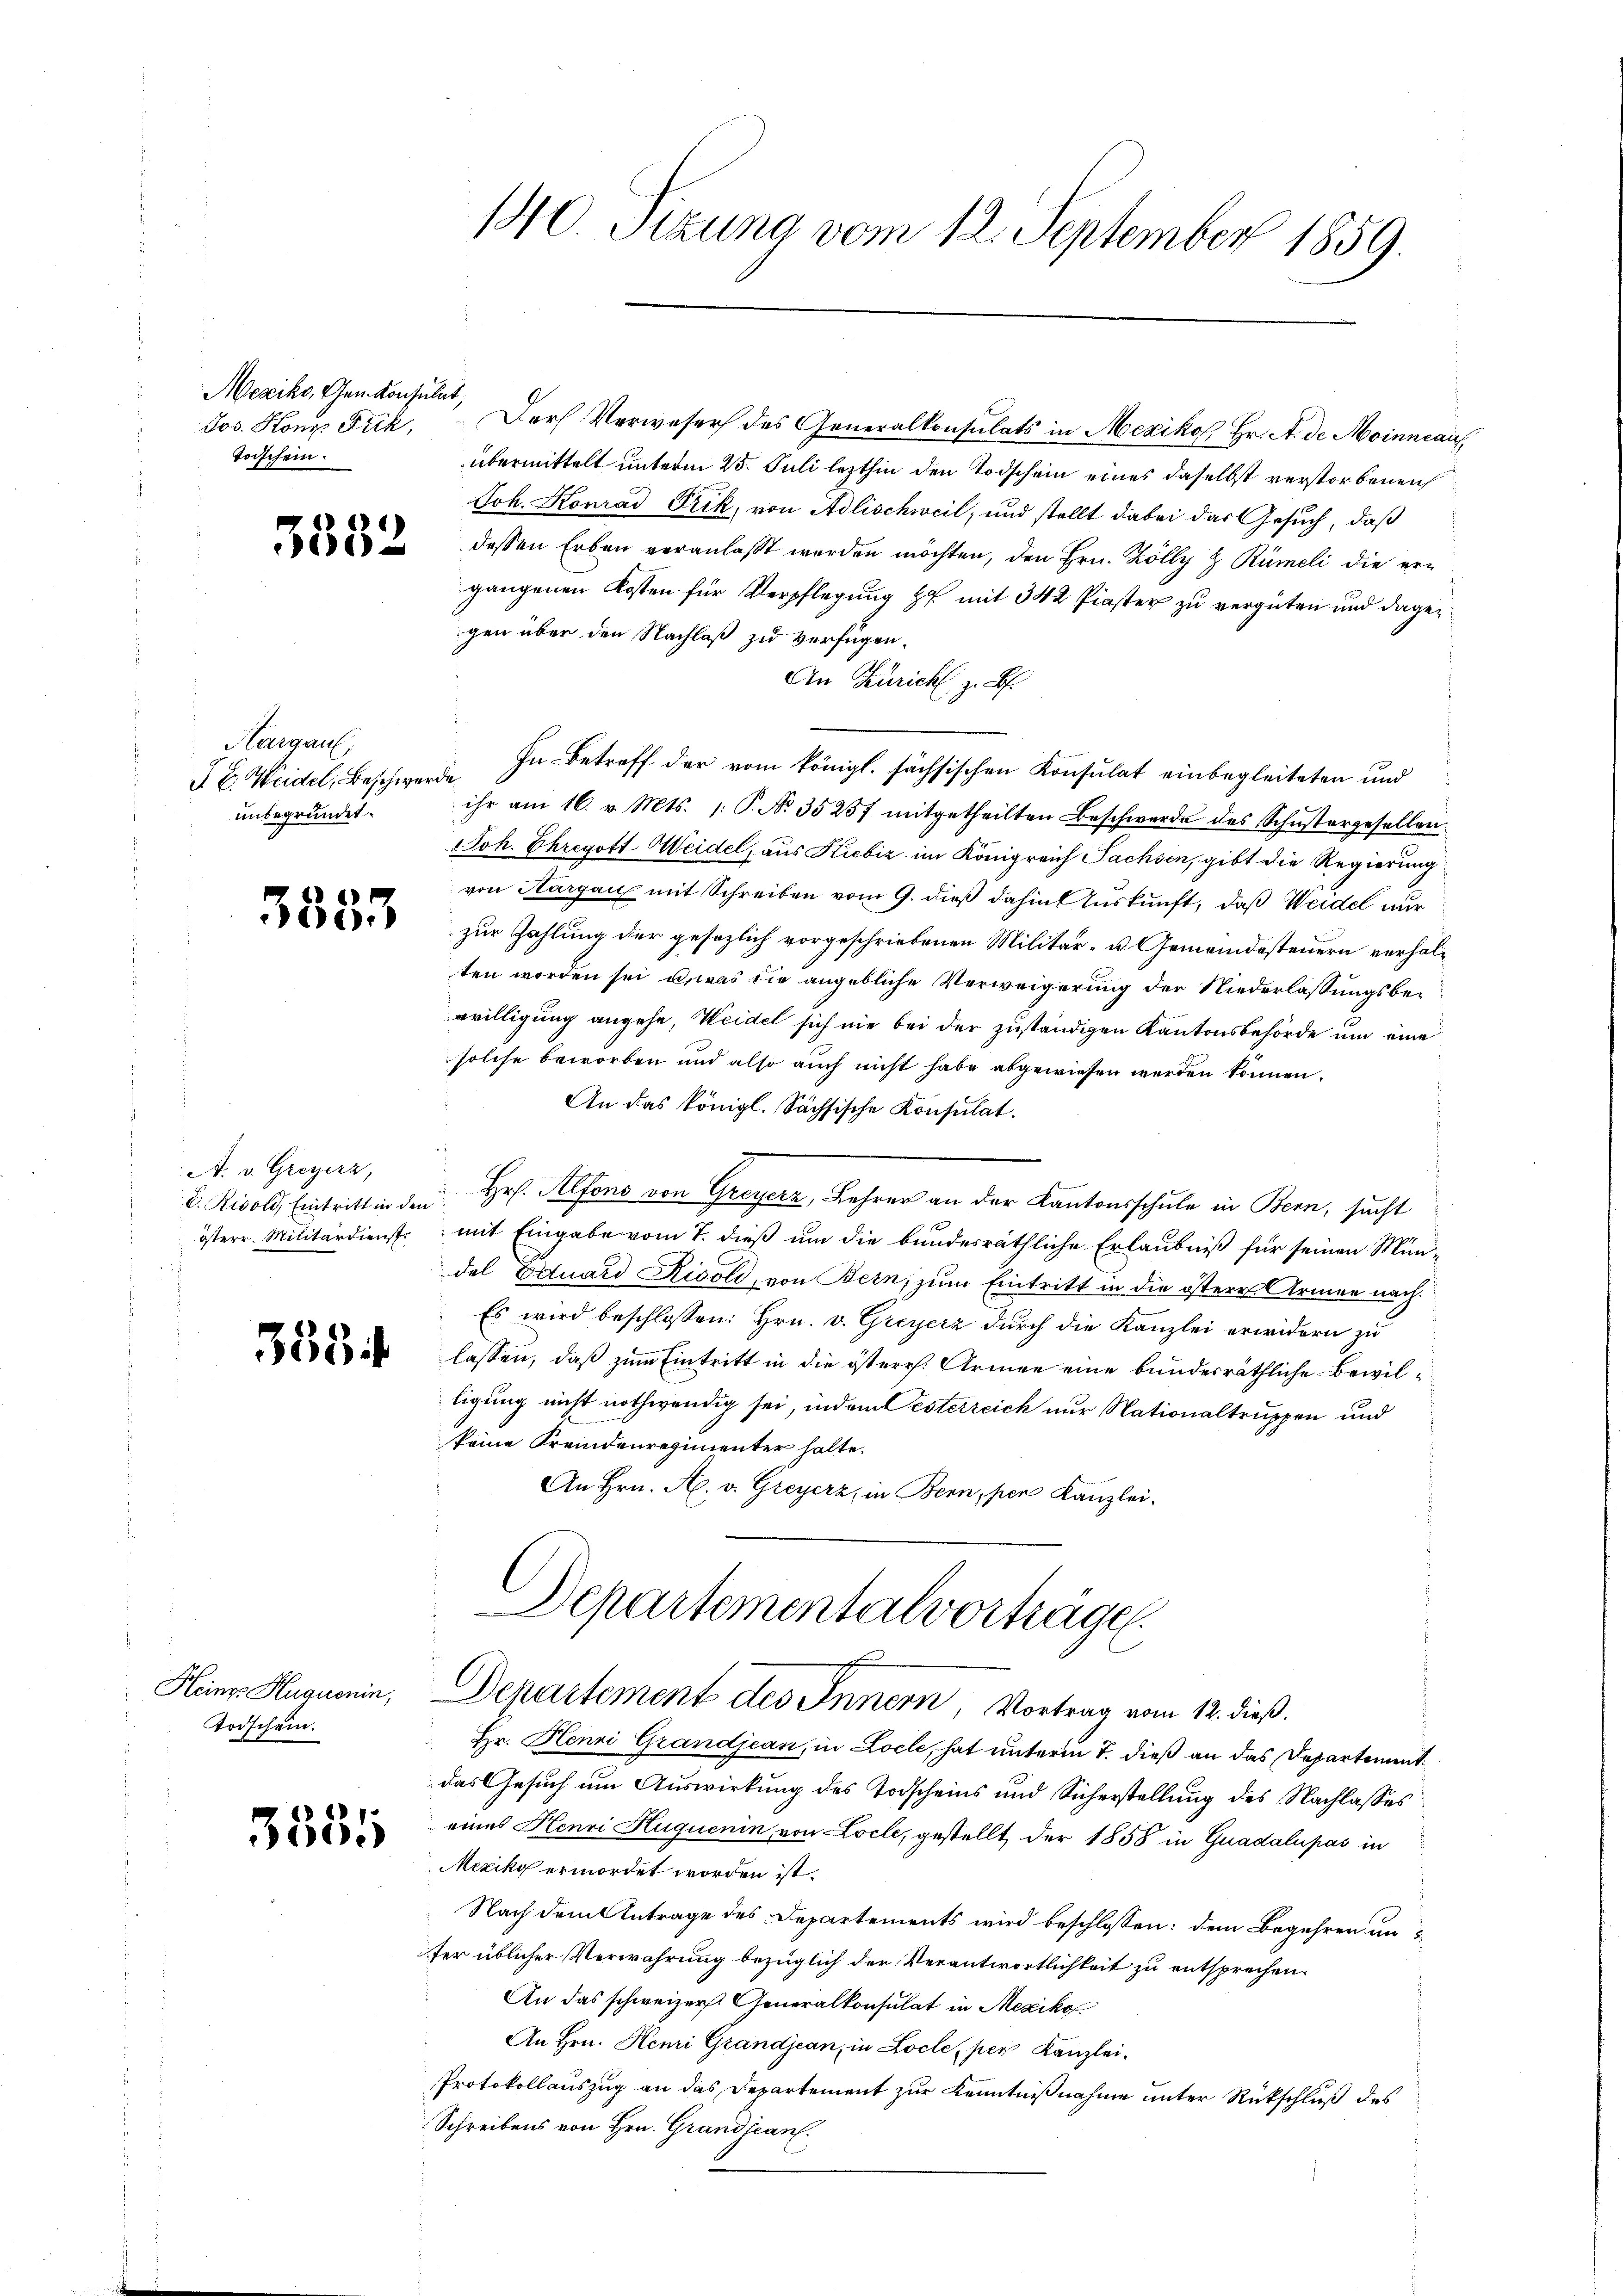
Mexiko, Gem. Konsulat,
Jos. Konz Frik,
Toischein.

3332

Hargau,
J. C. Weidel, Beschwerde
unbegründet.

3553

s
A. v. Greyerz,
E. Rivold, Eintritt in den
österr. Militärdienst
s

355

Todschein.

3535

140 Sizung vom 12. September 1859.

Heinr. Huguenin, Departement des Innern, Vortrag vom 12. dieß.

Der Verweser des Generalkonsulats in Mexiko Hr. A. de Moinncauf
übermittelt unterm 25. Juli lezthin den Todschein eines daselbst verstorbenen
Joh. Konrad Frik, von Adlischweil, und stellt dabei das Gesuch, daß
dessen Erben veranlaßt werden möchten, den Hrn. Zölly z Rümeli die ergangenen Kosten für Verpflegung zu mit 342 Piaster zu vergüten und dagegen über den Nachlaß zu verfügen.
An Zürich z. B.
In Betreff der vom königl. sächsischen Konsulat einbegleiteten und
ihr am 16. v. Mts. /: P. No. 35257 mitgetheilten Beschwerde des Schŭstergesellen.
JJoh. Chregott Weidel, aus Kiebiz im Königreich Sachsen, gibt die Regierung
von Aargau mit Schreiben vom 9. dieß dahin Auskunft, daß Weidel nur
zur Zahlung der gesezlich vorgeschriebenen Militär- u. Gemeindesteuern verhälten worden sei, u. was die angebliche Verweigerung der Niederlassungsbewilligung angehe, Weidel sich nie bei der zuständigen Kantonsbehörde um eine
solche beworben und also auch nicht habe abgewiesen werden können.
An das königl. Sächsische Konsulat.
 Hr. Alfons von Greyerz, Lehrer an der Kantonsschule in Bern, sucht
mit Eingabe vom 7. dieß um die bundesräthliche Erlaubniß für seinen Mündel Eduard Rivoli, von Bern, zum Eintritt in die östere Armen nach
Es wird beschlossen: Hrn. v. Greyerz durch die Kanzlei erwidern zu
lassen, daß zum Eintritt in die österr. Armee eine bundesräthliche Bewilligung nicht nothwendig sei, indem Österreich nur Nationaltruppen und
keine Fremdenregimenter halte.
An Hrn. A. v. Greyerz, in Bern, per Kanzlei.
Departementalvorträge.

Hr. Henni Grandjean, in Locle, hat unterm 7. dieß an das Departement
das Gesuch um Auswirkung des Todscheins und Sicherstellung des Nachlasses
eines Henri Huquenin, von Locle, gestellt, der 1858 in Guadalupas in
Mexiko ermordet worden ist.
Nach dem Antrage des Departements wird beschlossen: dem Begehren anter üblicher Verwahrung bezüglich der Verantwortlichkeit zu entsprechen.
An das schweizer Generalkonsulat in Mexiko
An Hrn. Henri Grandjean, in Locle, per Kanzlei-
Protokollauszug an das Departement zur Kenntnißnahme unter Rückschluß des
Schreibens von Hrn. Grandjean